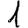
Digit: 1